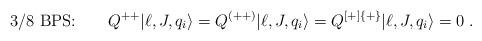
LaTeX: \begin{align*}\mbox{3/8 BPS:} \qquad Q^{++}|\ell, J, q_i\rangle = Q^{(++)}|\ell, J, q_i\rangle = Q^{[+]\{+\}}|\ell, J, q_i\rangle = 0\;.\end{align*}